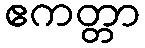
ဧကတ္တာ